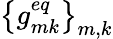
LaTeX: \left\{ g_{mk}^{eq}\right\} _{m,k}